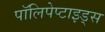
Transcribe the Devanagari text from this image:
पॉलिपेप्टाइड्स